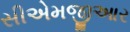
સીએમજીઆર